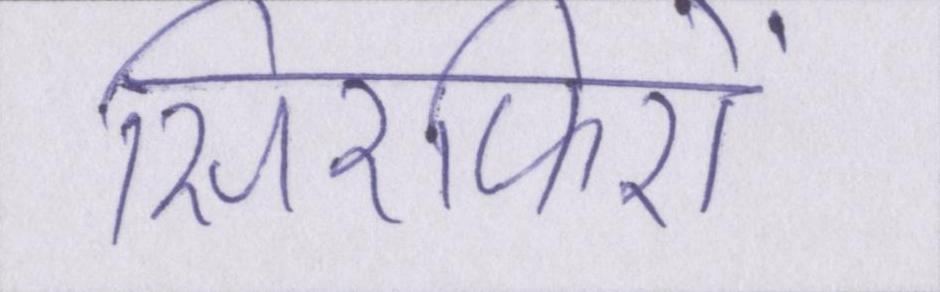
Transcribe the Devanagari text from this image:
सिरफिरों